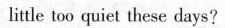
little too quiet these days?